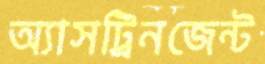
অ্যাসট্রিনজেন্ট